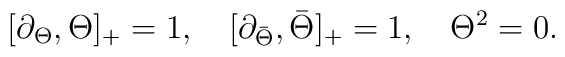
[\partial_{\Theta}, \Theta ]_+ = 1, \quad[\partial_{\bar\Theta}, \bar{\Theta} ]_+ =  1, \quad \Theta^2=0.